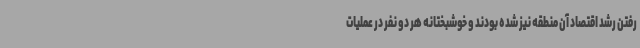
رفتن رشد اقتصاد آن منطقه نیز شده بودند و خوشبختانه هر دو نفر در عملیات